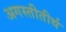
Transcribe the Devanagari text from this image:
अगस्तीतीर्थ